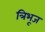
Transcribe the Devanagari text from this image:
त्रिभूज